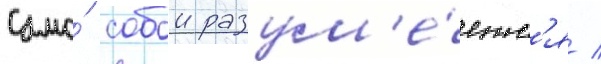
Само́ собои разум'е́етс'я /